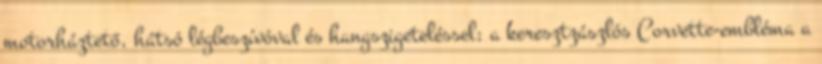
motorháztető, hátsó légbeszívóval és hangszigeteléssel; a keresztzászlós Corvette-embléma a